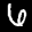
Label: 6